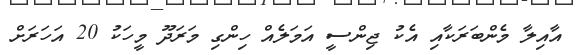
އާއިލާ މެންބަރަކާއި އެކު ޖިންސީ އަމަލެއް ހިންގި މަރަދޫ މީހަކު 20 އަހަރަށް